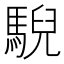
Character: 䮘